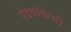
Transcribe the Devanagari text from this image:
ऐडवोकेसी